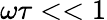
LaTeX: \omega\tau<<1